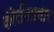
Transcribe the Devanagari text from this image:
कीर्तनप्रचार